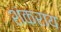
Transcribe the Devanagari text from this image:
शंकराय